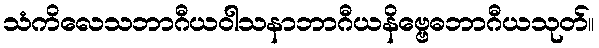
သံကိလေသဘာဂီယဝါသနာဘာဂီယနိဗ္ဗေဓဘာဂီယသုတ်။